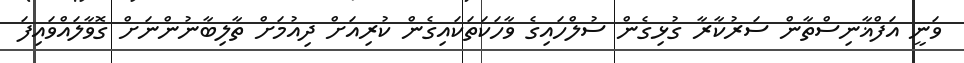
ވަނީ އަފްޣާނިސްތާން ސަރުކާރާ ގުޅިގެން ސުލްހައިގެ ވާހަކަތަކައިގެން ކުރިއަށް ދިއުމަށް ތާލިބާނުންނަށް ގޮވާލައްވައިފަ